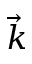
\Vec { k }